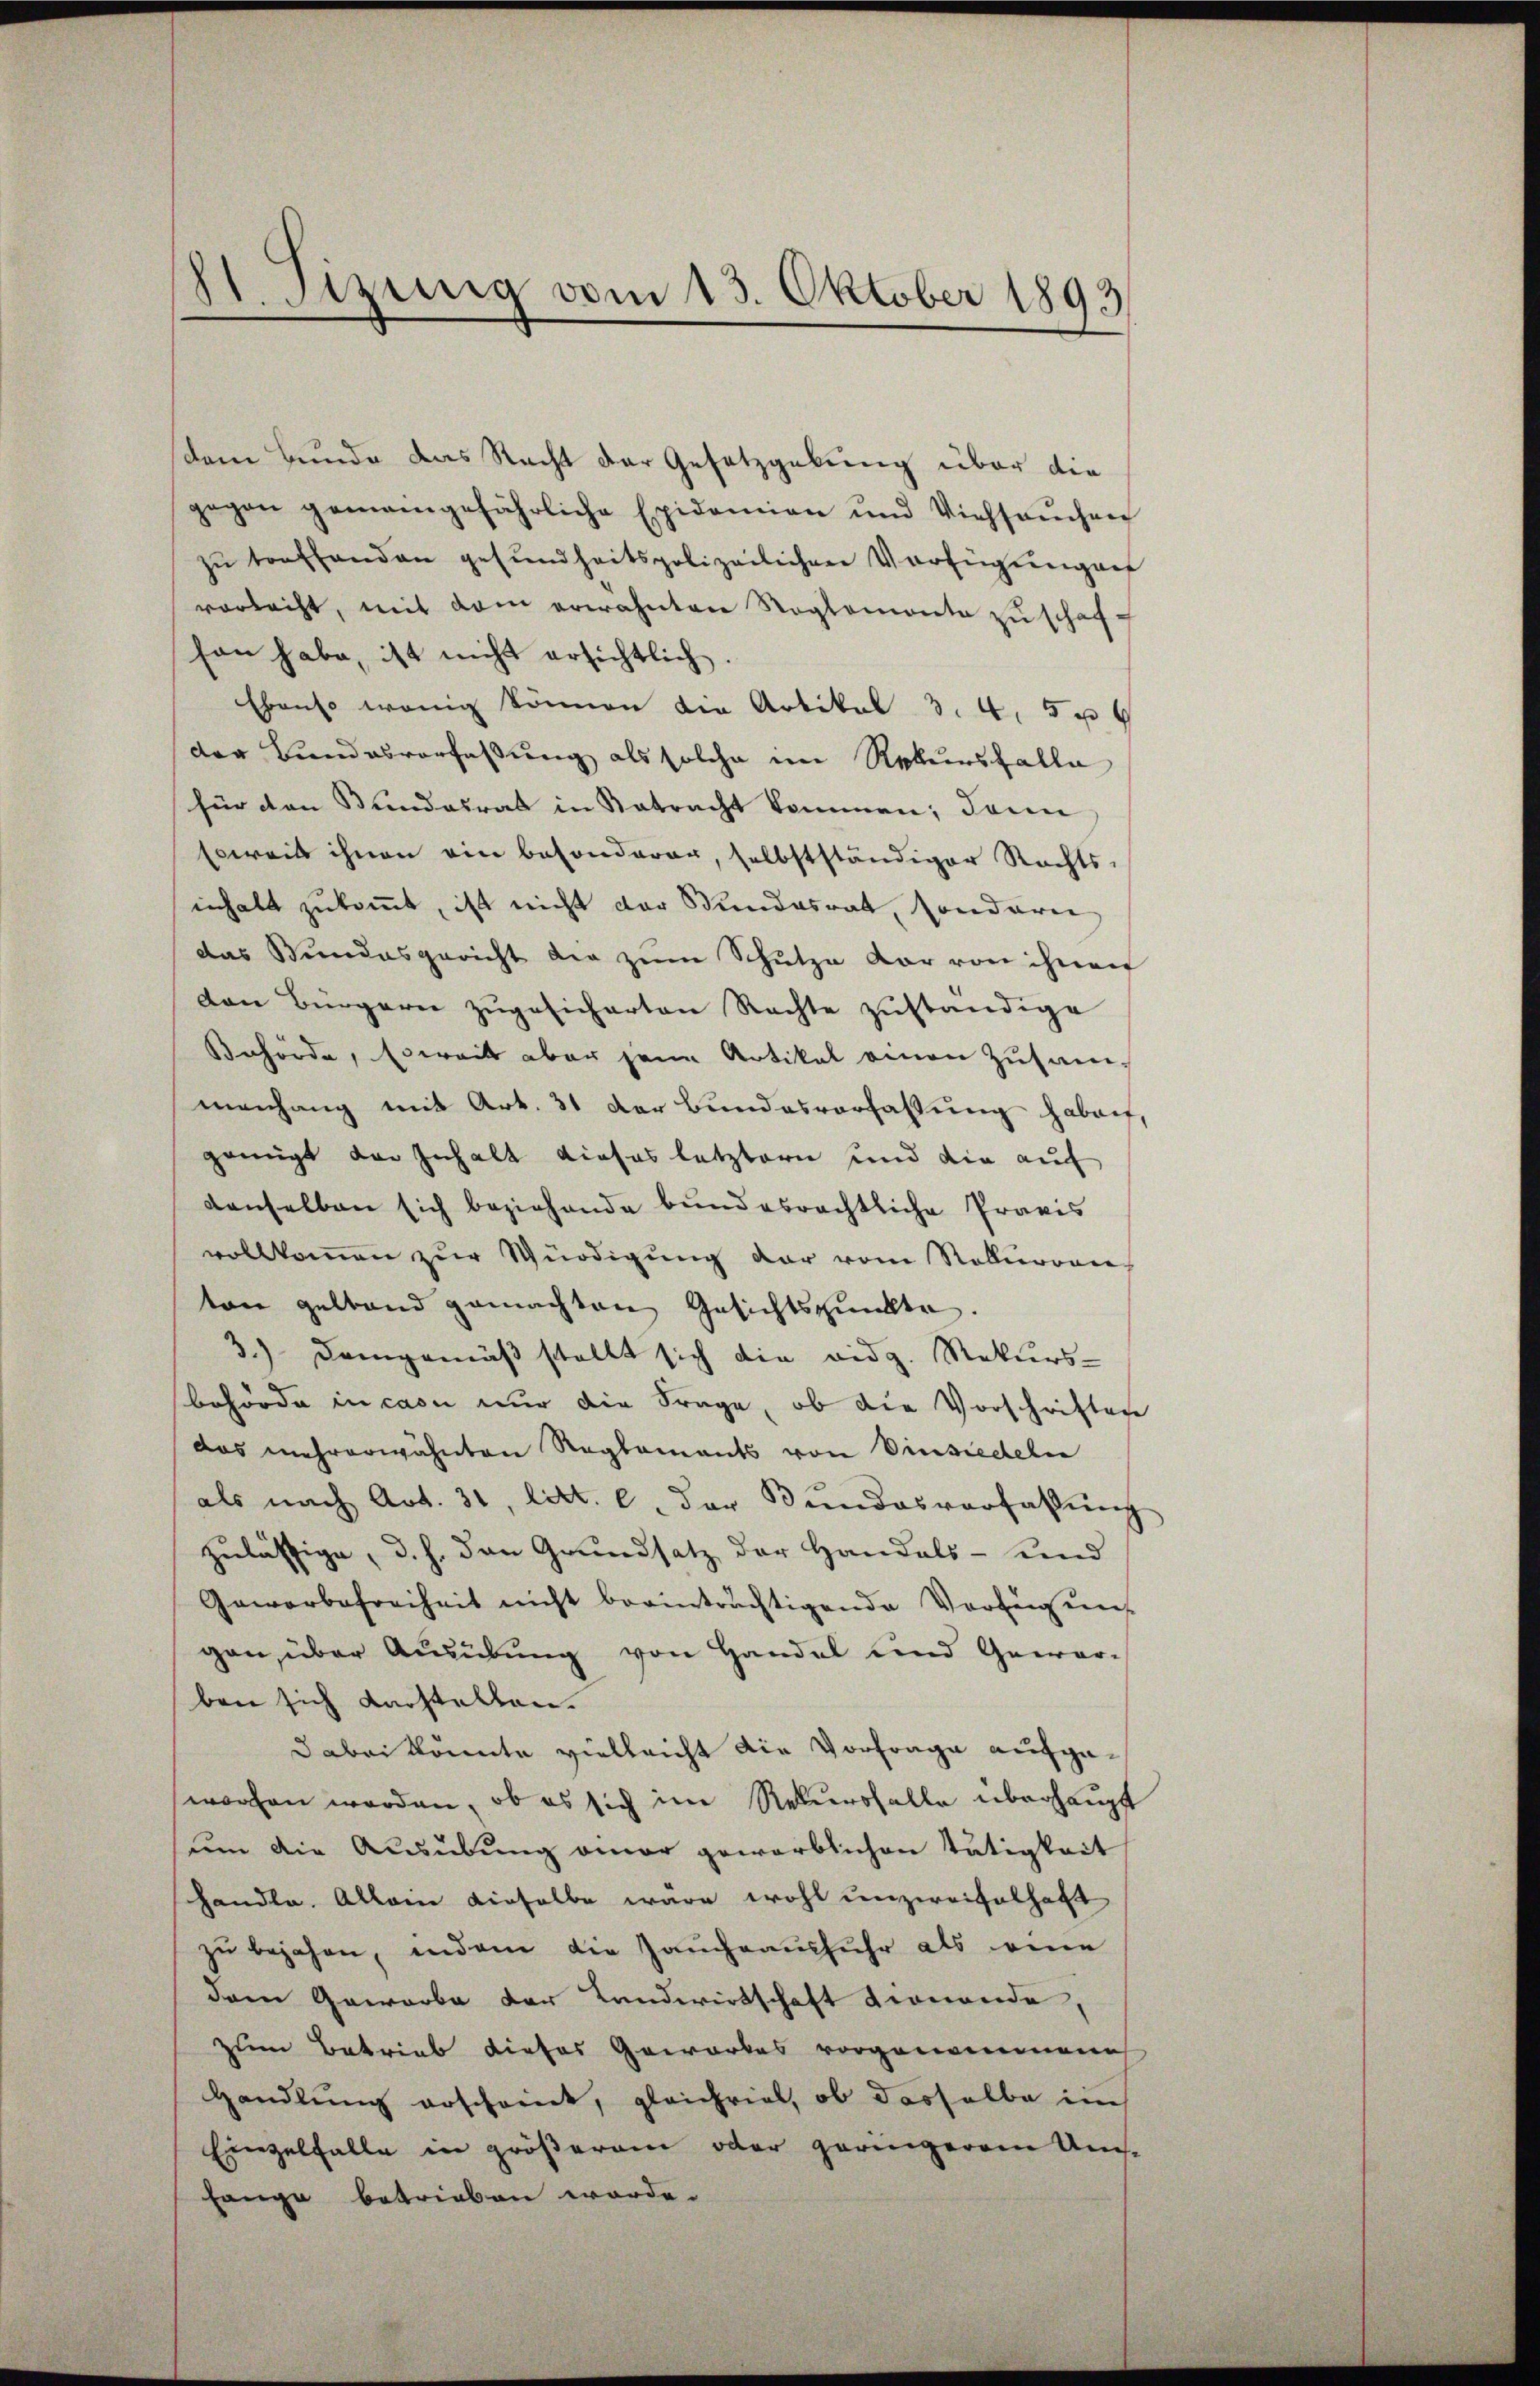
11 Fizung vom 13. Oktober 1893

dem Bunde das Recht der Gesetzgebung über die
gegen gemeingefährliche Epidemien und Viehsaŭchen
zŭ treffenden gesundheitspolizeilichen Verfügŭngen
vorlacht, mit dem erwähnten Reglemente zu schafson habe, ist nicht ersichtlich.
Ebenso wenig können die Artikel 3. 4. 5 u
der Bundesverfassung als solche im Rekursfalle
für den Stundesrat in Natracht kommen; dann
Erweis ihnen ein besonderer, selbstständiger Rechts-
inhalt zukommt, ist nicht der Stundesrat, sondere
das Bundesgericht der zŭm Schutze der von ihnen
den Bürgern zŭgesicherten Rechte zuständige
Behörde, Erweit aber jene Artikel einen Zusammenhang mit Art. 31 der Bundesverfassung haben,
genügt der Inhalt dieses letztern und die auf
denselben sich beziehende bundesrechtliche Praxis
vollkommen zŭr Würdigung der vom Rekurren
ton gelband gemachten Gesichtspunkte.
3.) Demgemäß stellt sich die vidg. Mekurs-
behörde in caon nur die Frage, ob die Vorschriften
das mehrerwähnten Reglements von Einsiedeln
als nach Art. 31, litt. e. der Bundesverfassŭng
zulässige, d. h. den Grundsatz der Handels- und
Gewerbefreiheit nicht beeinträchtigende Vorlegung
gen, über Ausübung von Handel und Gewärben sich darstellen.
dabei könnte vielleicht die Vorfrage aufgeworfen worden, ob es sich im Rekursfalle überhaupt
um die Ausübung einer geworblichen Tätigkeit
handle. Allein dieselbe wäre wohl unzweifelhaft
zŭ bejahen, indem die Jauch ausfuhr als eine
dem Gewerbe der Landwirtschaft dionende
zum Betrieb dieses Gewerkes vorgenommene
Handlung erscheint, gleichviel, ob dasselbe im
Einzelfalle in größerem oder geringerem Um-
hange betrieben worde.